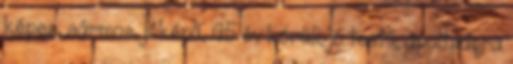
képes, sármos, jóképű, 45 év körüli, jó testű, ápoltságra